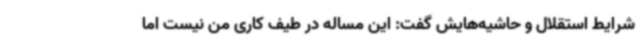
شرایط استقلال و حاشیه‌هایش گفت: این مساله در طیف کاری من نیست اما